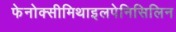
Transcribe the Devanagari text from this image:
फेनोक्सीमिथाइलपेनिसिलिन